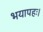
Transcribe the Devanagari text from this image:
भयापहः।